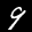
Label: 9